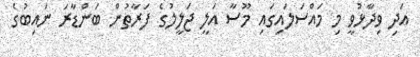
އަދި ވިދާޅުވީ މި މައްސަލައިގައި މޫސާ އަލީ ޖަލީލުގެ ފަރާތުން ބަންޑާރަ ނައިބުގެ